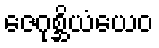
ဇေဂုစ္ဆိယံယေဝ